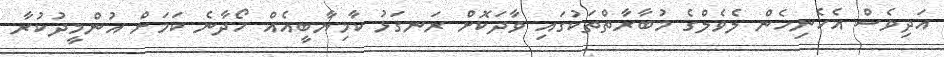
އަދިވެސް އެހެނިހެން ލެވެލްގެ މުބާރާތްތަކުގައި ވާދަކޮށް ރަނގަޅު ކާމިޔާބީއެއް ހޯދާނެ ކަމަށް އުންމީދުކުރާ